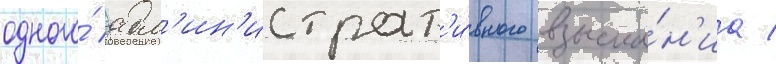
одного́ адм'ин'истрат'и́вного взыска́н'иа /